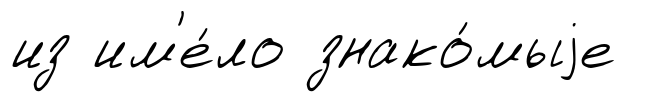
из им'е́ло знако́мыjе